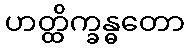
ဟတ္ထိက္ခန္ဓတော